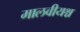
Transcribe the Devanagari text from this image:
मालवीयश्च